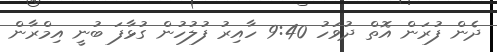
ދެން ފުރަން އޮތް ދުވަހު 9:40 ހާއިރު ފުލުހުން ގުޅާފަ ބުނީ އިމްރާން